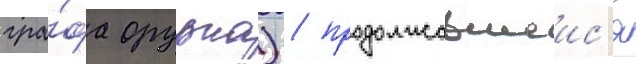
гра́фа орурка) / продолжавшеис'я